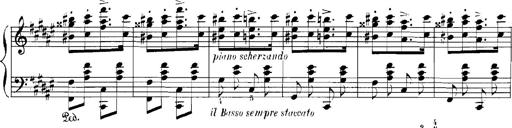
Title: Rhapsodies hongroises
Composer: Franz Liszt